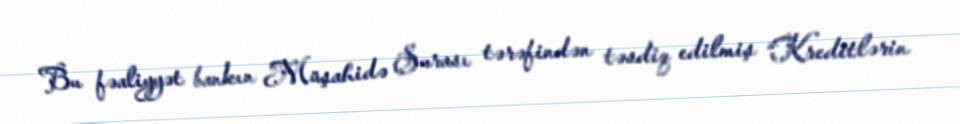
Bu fəaliyyət bankın Müşahidə Şurası tərəfindən təsdiq edilmiş “Kreditlərin